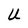
Character: U